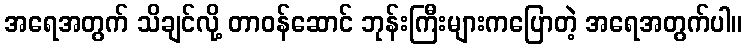
အရေအတွက် သိချင်လို့ တာဝန်ဆောင် ဘုန်းကြီးများကပြောတဲ့ အရေအတွက်ပါ။